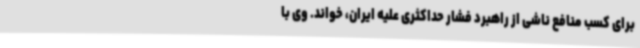
برای کسب منافع ناشی از راهبرد فشار حداکثری علیه ایران، خواند. وی با